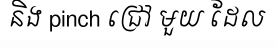
និង pinch ជ្រៅ មួយ ដែល